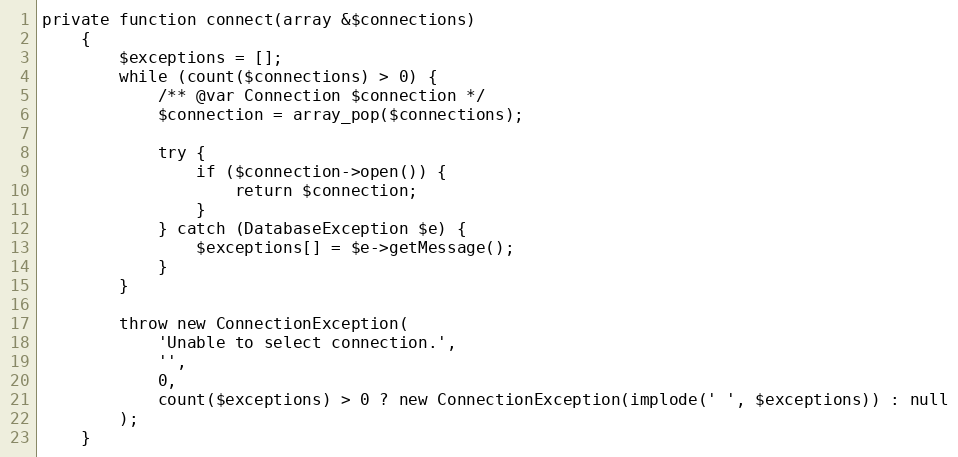
Language: PHP
private function connect(array &$connections)
    {
        $exceptions = [];
        while (count($connections) > 0) {
            /** @var Connection $connection */
            $connection = array_pop($connections);

            try {
                if ($connection->open()) {
                    return $connection;
                }
            } catch (DatabaseException $e) {
                $exceptions[] = $e->getMessage();
            }
        }

        throw new ConnectionException(
            'Unable to select connection.',
            '',
            0,
            count($exceptions) > 0 ? new ConnectionException(implode(' ', $exceptions)) : null
        );
    }